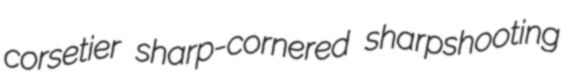
corsetier sharp-cornered sharpshooting